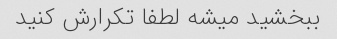
ببخشید میشه لطفا تکرارش کنید